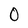
Character: 0